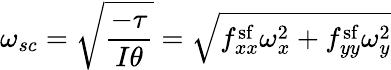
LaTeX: \omega_{sc}=\sqrt{\frac{-\tau}{I\theta}}=\sqrt{f_{xx}^{\mathrm{sf}}\omega_{x}^{2}+f_{yy}^{\mathrm{sf}}\omega_{y}^{2}}